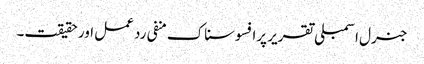
جنرل اسمبلی تقریر پرافسوسناک منفی رد عمل اور حقیقت۔